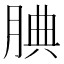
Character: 腆